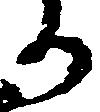
か